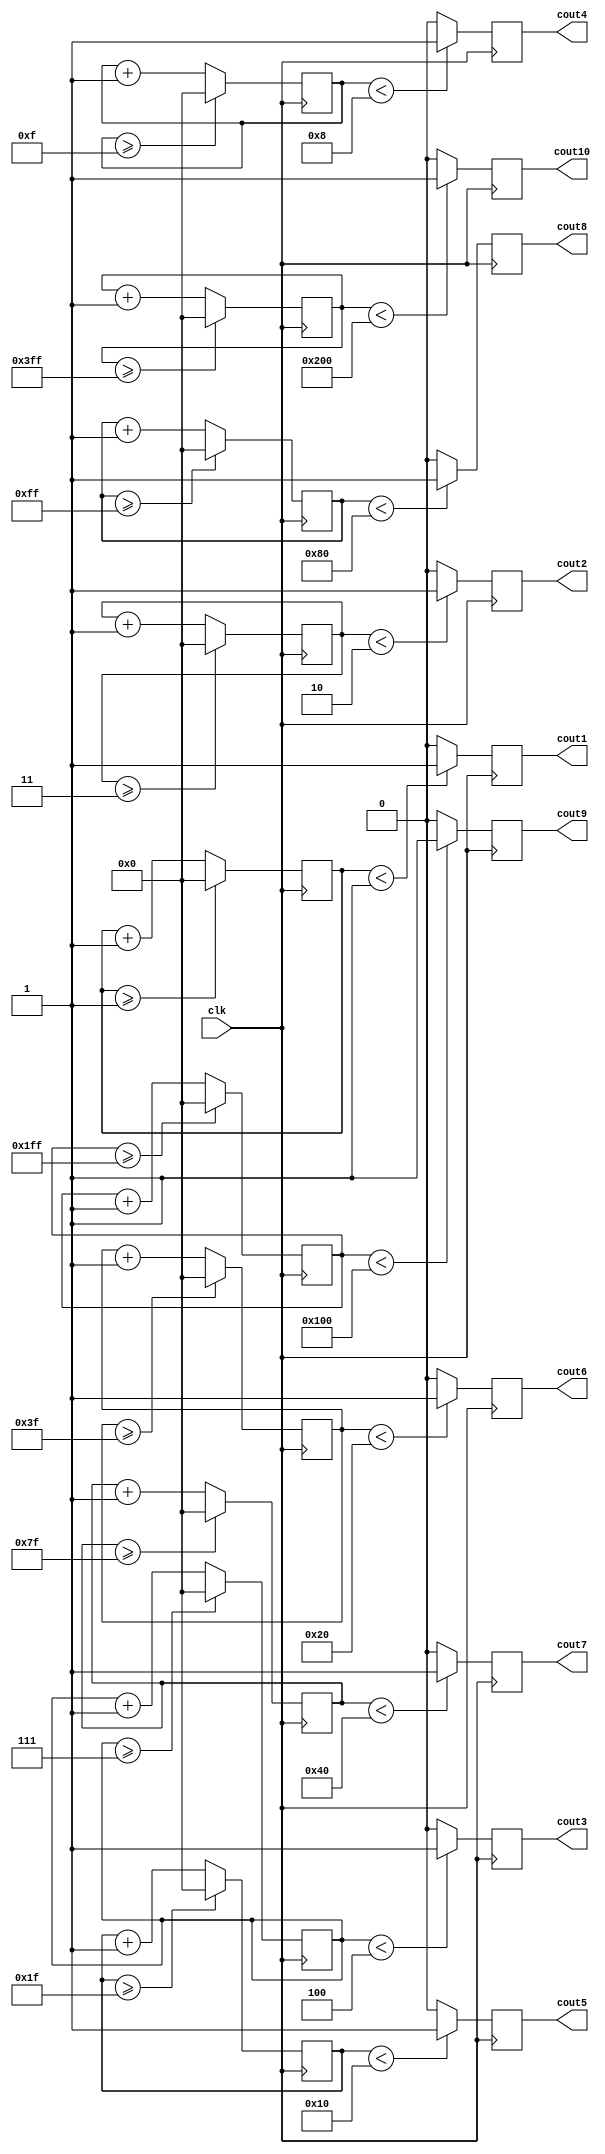
module divider(
`ifdef USE_POWER_PINS
    inout vdd,	// User area 1 1.8V supply
    inout vss,	// User area 1 digital ground
`endif


    
input clk, // input clock on FPGA
output reg cout1, // output clock after dividing the input clock by divisor
output reg cout2, // output clock after dividing the input clock by divisor
output reg cout3,
output reg cout4,
output reg cout5,
output reg cout6,
output reg cout7,
output reg cout8,
output reg cout9,
output reg cout10
    );
reg[27:0] counter=28'd0;
parameter DIVISOR = 28'd2;
reg[27:0] counter2=28'd0;
parameter DIVISOR2 = 28'd4;
reg[27:0] counter3=28'd0;
parameter DIVISOR3 = 28'd8;
reg[27:0] counter4=28'd0;
parameter DIVISOR4 = 28'd16;
reg[27:0] counter5=28'd0;
parameter DIVISOR5 = 28'd32;
reg[27:0] counter6=28'd0;
parameter DIVISOR6 = 28'd64;
reg[27:0] counter7=28'd0;
parameter DIVISOR7 = 28'd128;
reg[27:0] counter8=28'd0;
parameter DIVISOR8 = 28'd256;
reg[27:0] counter9=28'd0;
parameter DIVISOR9 = 28'd512;
reg[27:0] counter10=28'd0;
parameter DIVISOR10 = 28'd1024;
// The frequency of the output clk_out
//  = The frequency of the input clk_in divided by DIVISOR
// For example: Fclk_in = 50Mhz, if you want to get 1Hz signal to blink LEDs
// You will modify the DIVISOR parameter value to 28'd50.000.000
// Then the frequency of the output clk_out = 50Mhz/50.000.000 = 1Hz
always @(posedge clk)
begin
 counter <= counter + 28'd1;
 if(counter>=(DIVISOR-1))
  counter <= 28'd0;
 cout1 <= (counter<DIVISOR/2)?1'b1:1'b0;
end

always @(posedge clk)
begin
 counter2 <= counter2 + 28'd1;
 if(counter2>=(DIVISOR2-1))
  counter2 <= 28'd0;
 cout2 <= (counter2<DIVISOR2/2)?1'b1:1'b0;
end

always @(posedge clk)
begin
 counter3 <= counter3 + 28'd1;
 if(counter3>=(DIVISOR3-1))
  counter3 <= 28'd0;
 cout3 <= (counter3<DIVISOR3/2)?1'b1:1'b0;
end

always @(posedge clk)
begin
 counter4 <= counter4 + 28'd1;
 if(counter4>=(DIVISOR4-1))
  counter4 <= 28'd0;
 cout4 <= (counter4<DIVISOR4/2)?1'b1:1'b0;
end

always @(posedge clk)
begin
 counter5 <= counter5 + 28'd1;
 if(counter5>=(DIVISOR5-1))
  counter5 <= 28'd0;
 cout5 <= (counter5<DIVISOR5/2)?1'b1:1'b0;
end

always @(posedge clk)
begin
 counter6 <= counter6 + 28'd1;
 if(counter6>=(DIVISOR6-1))
  counter6 <= 28'd0;
 cout6 <= (counter6<DIVISOR6/2)?1'b1:1'b0;
end

always @(posedge clk)
begin
 counter7 <= counter7 + 28'd1;
 if(counter7>=(DIVISOR7-1))
  counter7 <= 28'd0;
 cout7 <= (counter7<DIVISOR7/2)?1'b1:1'b0;
end

always @(posedge clk)
begin
 counter8 <= counter8 + 28'd1;
 if(counter8>=(DIVISOR8-1))
  counter8 <= 28'd0;
 cout8 <= (counter8<DIVISOR8/2)?1'b1:1'b0;
end

always @(posedge clk)
begin
 counter9 <= counter9 + 28'd1;
 if(counter9>=(DIVISOR9-1))
  counter9 <= 28'd0;
 cout9 <= (counter9<DIVISOR9/2)?1'b1:1'b0;
end

always @(posedge clk)
begin
 counter10 <= counter10 + 28'd1;
 if(counter10>=(DIVISOR10-1))
  counter10 <= 28'd0;
 cout10 <= (counter10<DIVISOR10/2)?1'b1:1'b0;
end


endmodule